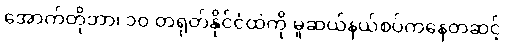
အောက်တိုဘာ၊ ၁၀ တရုတ်နိုင်ငံထဲကို မူဆယ်နယ်စပ်ကနေတဆင့်